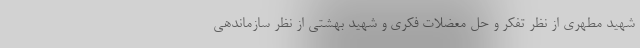
شهید مطهری از نظر تفکر و حل معضلات فکری و شهید بهشتی از نظر سازماندهی